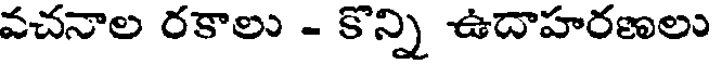
వచనాల రకాలు - కొన్ని ఉదాహరణలు